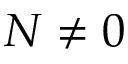
N \neq 0